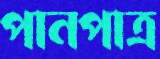
পানপাত্র